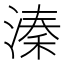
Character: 溱